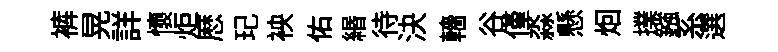
裤晃詳懷炬厯玘䘧佑緡待決轖谷僅淼懸𤇆擈鏹系選